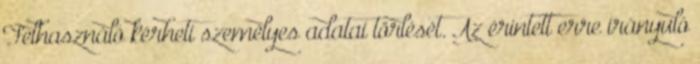
Felhasználó kérheti személyes adatai törlését. Az érintett erre irányuló